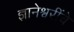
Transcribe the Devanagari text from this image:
ज्ञानेश्वरींचे